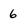
Character: 6